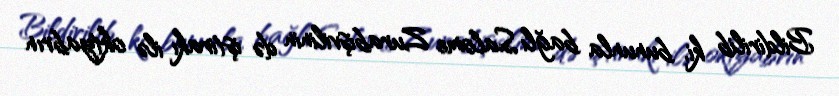
Bildirilib ki, bununla bağlı Salome Zurabişvilinin də iştirakı ilə oktyabrın